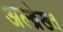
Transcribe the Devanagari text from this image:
अल्ब्रेख्त